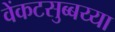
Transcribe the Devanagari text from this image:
वेंकटसुब्बय्या